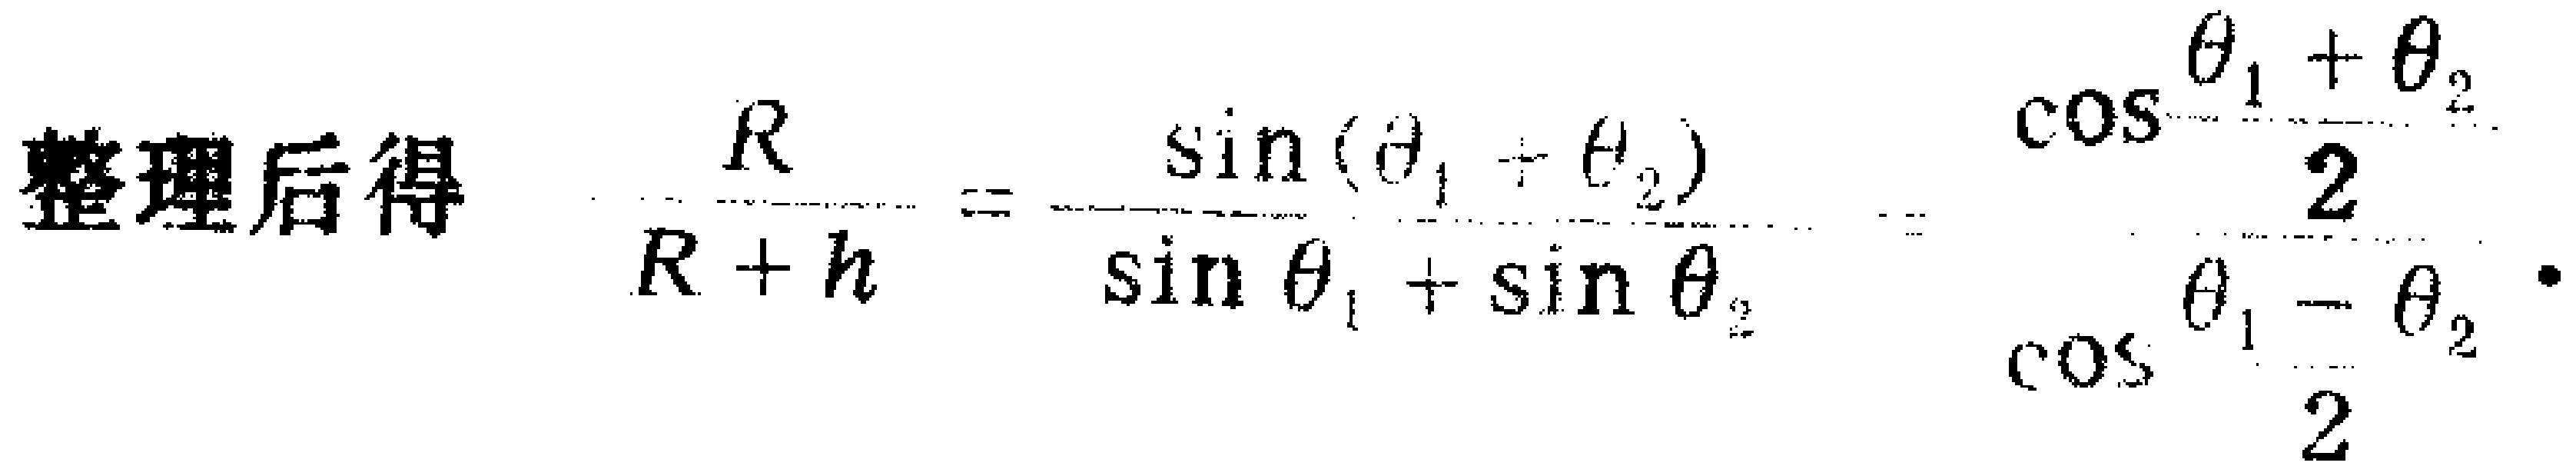
整理后得 \(\frac{R}{R + h}=\frac{\sin(\theta_{1}+\theta_{2})}{\sin\theta_{1}+\sin\theta_{2}}=\frac{\cos\frac{\theta_{1}+\theta_{2}}{2}}{\cos\frac{\theta_{1}-\theta_{2}}{2}}\)